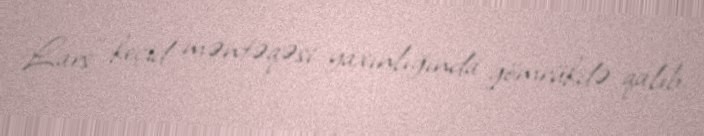
Lars” keçid məntəqəsi yaxınlığında gömrükdə qalıb.